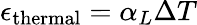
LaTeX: \epsilon_{\mathrm{thermal}}=\alpha_{L}\Delta T